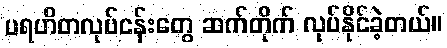
ပရဟိတလုပ်ငန်းတွေ ဆက်တိုက် လုပ်နိုင်ခဲ့တယ်။